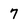
Character: 7